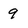
Character: 9